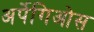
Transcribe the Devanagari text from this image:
अर्पेगिओस